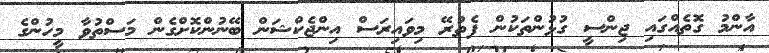
އާންމު ގޮތެއްގައި ޖިންސީ ގުޅުންތަކުން ފެތުރޭ މިވައިރަސް އިންޖެކްޝަން ބޭނުންކޮށްގެން މަސްތުވާ މީހުންގެ